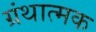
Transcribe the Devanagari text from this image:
ग्रंथात्मक